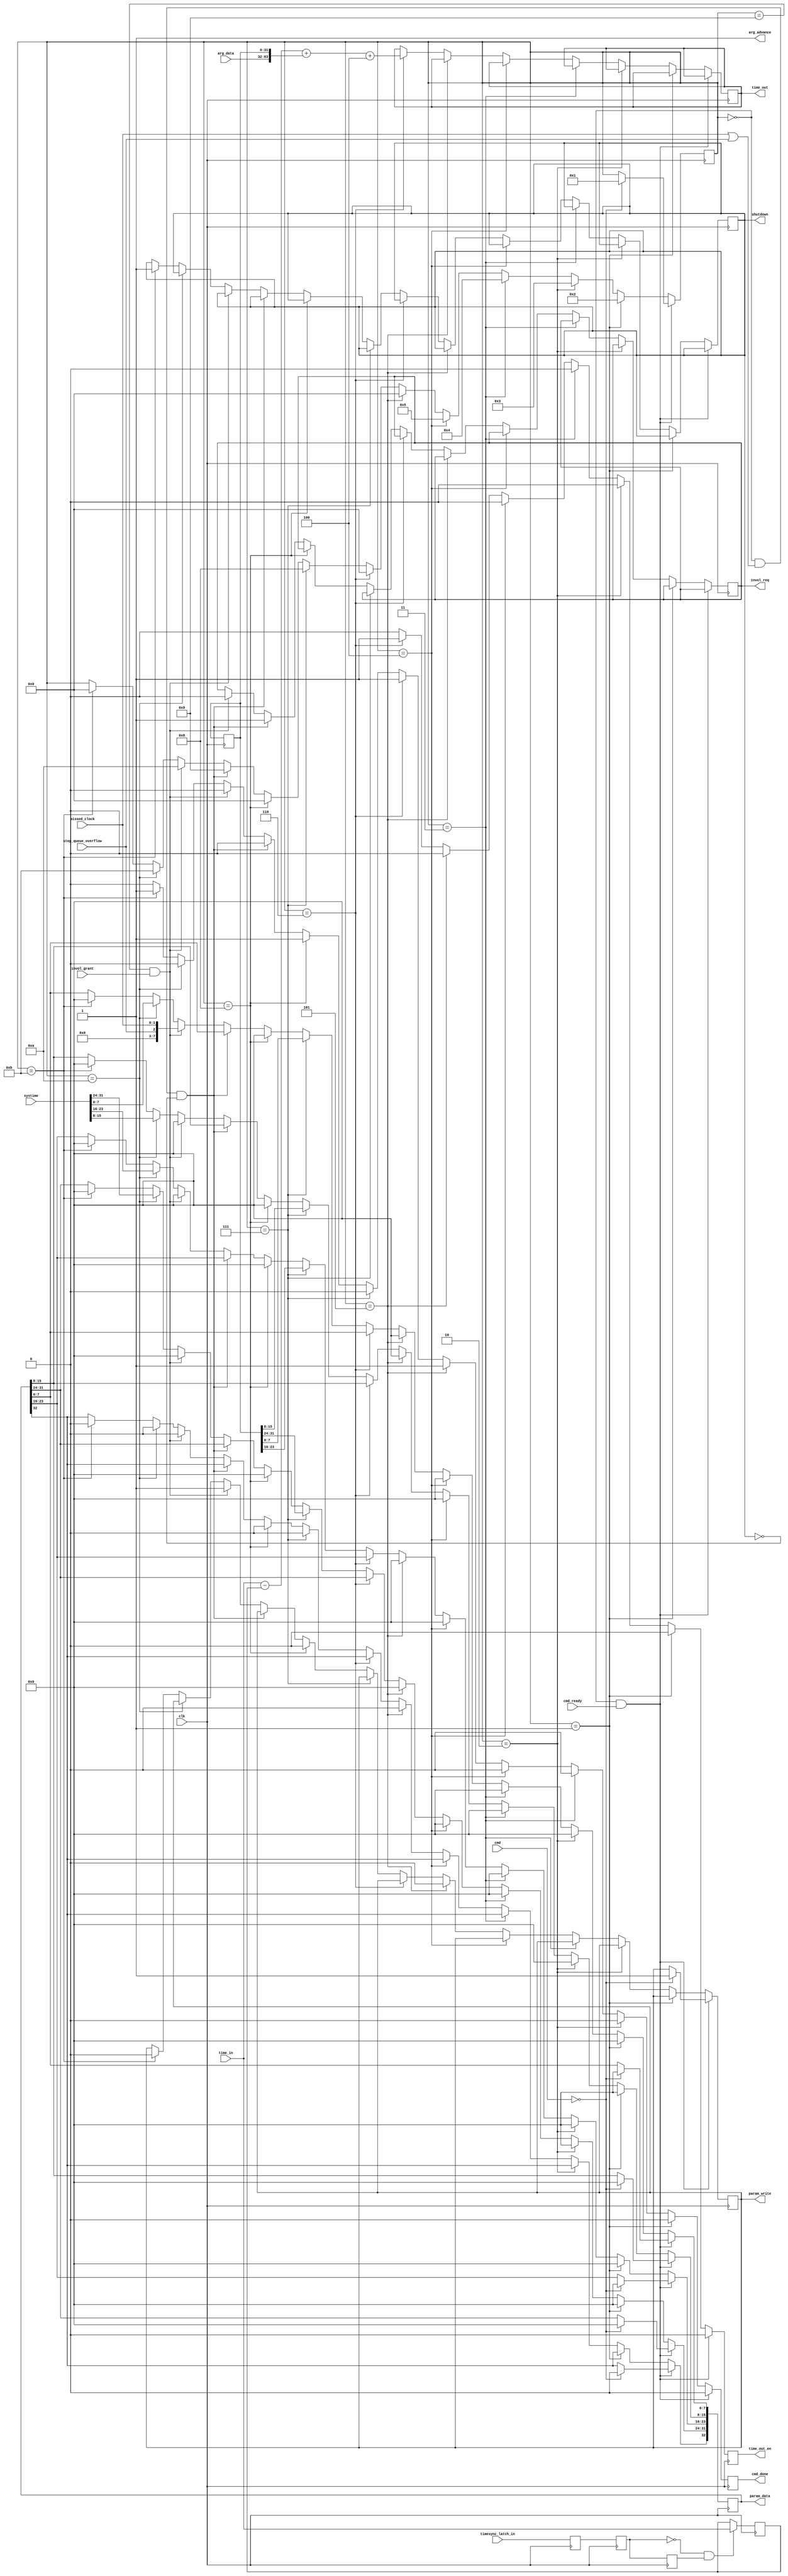
`timescale 1ns / 1ps
`default_nettype none

module system #(
	parameter CMD_BITS = 0,
	parameter CMD_GET_VERSION = 0,
	parameter RSP_GET_VERSION = 0,
	parameter CMD_SYNC_TIME = 0,
	parameter CMD_GET_TIME = 0,
	parameter RSP_GET_TIME = 0,
	parameter CMD_SHUTDOWN = 0,
	parameter RSP_SHUTDOWN = 0,
	parameter VERSION = 0,
	parameter MOVE_COUNT = 0,
	parameter NGPIO = 0,
	parameter NPWM = 0,
	parameter NSTEPDIR = 0,
	parameter NENDSTOP = 0,
	parameter NUART = 0,
	parameter NDRO = 0,
	parameter NAS5311 = 0,
	parameter NSD = 0,
	parameter NETHER = 0,
	parameter NBISS = 0,
	parameter NABZ = 0,
	parameter MISSED_BITS = 0
) (
	input wire clk,
	input wire [31:0] systime,

	input wire [31:0] arg_data,
	output wire arg_advance,
	input wire [CMD_BITS-1:0] cmd,
	input wire cmd_ready,
	output reg cmd_done = 0,

	output reg [32:0] param_data = 0,
	output reg param_write = 0,

	output reg invol_req = 0,
	input wire invol_grant,

	input wire [63:0] time_in,
	output reg [63:0] time_out,
	output reg time_out_en,
	input wire timesync_latch_in,

	output reg shutdown = 0,
	input wire [MISSED_BITS-1:0] missed_clock,
	input wire [$clog2(NSTEPDIR):0] step_queue_overflow
);

reg timesync_latch = 0;
reg timesync_latch1 = 0;
/* sync timesync_latch into our clock domain */
always @(posedge clk) begin
	timesync_latch <= timesync_latch1;
	timesync_latch1 <= timesync_latch_in;
end
localparam PS_IDLE = 0;
localparam PS_GET_VERSION_1 = 1;
localparam PS_GET_VERSION_2 = 2;
localparam PS_GET_VERSION_3 = 3;
localparam PS_GET_VERSION_4 = 4;
localparam PS_GET_VERSION_5 = 5;
localparam PS_SYNC_TIME_1 = 6;
localparam PS_GET_TIME_1  = 7;
localparam PS_GET_TIME_2  = 8;
localparam PS_WAIT_GRANT  = 9;
localparam PS_SEND_SHUTDOWN_1  = 10;
localparam PS_SEND_SHUTDOWN_2  = 11;
localparam PS_MAX = 11;
localparam PS_BITS = $clog2(PS_MAX + 1);

reg [63:0] latched_time = 0;
reg latched = 0;
reg prev_latch = 0;
reg prev_pulse = 0;
reg [31:0] temp_data = 0;
reg [3:0] state = PS_IDLE;
/* just keep asserted, we'll read one arg per clock */
assign arg_advance = 1;
always @(posedge clk) begin
	if (cmd_done)
		cmd_done <= 0;
	if (time_out_en)
		time_out_en <= 0;
	if (state == PS_IDLE && cmd_ready) begin
		if (cmd == CMD_GET_VERSION) begin
			param_data <= VERSION;
			param_write <= 1;
			state <= PS_GET_VERSION_1;
		end else if (cmd == CMD_SYNC_TIME) begin
			state <= PS_SYNC_TIME_1;
			temp_data <= arg_data;
		end else if (cmd == CMD_GET_TIME) begin
			temp_data <= time_in[63:32];
			param_data <= time_in[31:0];
			param_write <= 1;
			state <= PS_GET_TIME_1;
		end else if (cmd == CMD_SHUTDOWN) begin
			shutdown <= 1;
			cmd_done <= 1;
			state <= PS_IDLE;
		end
	end else if (state == PS_GET_VERSION_1) begin
		param_data[31:24] <= NGPIO;
		param_data[23:16] <= NPWM;
		param_data[15:8] <= NSTEPDIR;
		param_data[7:0] <= NENDSTOP;
		state <= PS_GET_VERSION_2;
	end else if (state == PS_GET_VERSION_2) begin
		param_data[31:24] <= NUART;
		param_data[23:16] <= NSD;
		param_data[15:8] <= NETHER;
		param_data[7:0] <= NAS5311;
		state <= PS_GET_VERSION_3;
	end else if (state == PS_GET_VERSION_3) begin
		param_data[31:24] <= NDRO;
		param_data[23:16] <= NBISS;
		param_data[15:8] <= NABZ;
		param_data[7:0] <= 0;
		state <= PS_GET_VERSION_4;
	end else if (state == PS_GET_VERSION_4) begin
		param_data[31:16] <= 0;
		param_data[15:0] <= MOVE_COUNT;
		state <= PS_GET_VERSION_5;
	end else if (state == PS_GET_VERSION_5) begin
		cmd_done <= 1;
		param_write <= 0;
		param_data <= RSP_GET_VERSION;
		state <= PS_IDLE;
	end else if (state == PS_SYNC_TIME_1) begin
		/*
		 * +4, because we need 2 cycles to sync the pulse into our
		 * domain, one to latch the clock  and one, because system
		 * time will only get set on the next clk
		 */
		time_out <= time_in - latched_time + { arg_data, temp_data } + 4;
		time_out_en <= 1;
		latched <= 0;
		state <= PS_IDLE;
		cmd_done <= 1;
	end else if (state == PS_GET_TIME_1) begin
		param_data <= temp_data;
		state <= PS_GET_TIME_2;
	end else if (state == PS_GET_TIME_2) begin
		cmd_done <= 1;
		param_write <= 0;
		param_data <= RSP_GET_TIME;
		state <= PS_IDLE;
	end else if (state == PS_IDLE && (missed_clock | step_queue_overflow) && !shutdown) begin
		invol_req <= 1;
		state <= PS_WAIT_GRANT;
	end else if (state == PS_WAIT_GRANT && invol_grant) begin
		invol_req <= 0;
		param_data <= { step_queue_overflow, missed_clock };	/* shutdown reason */
		param_write <= 1;
		state <= PS_SEND_SHUTDOWN_1;
	end else if (state == PS_SEND_SHUTDOWN_1) begin
		param_data <= systime;
		state <= PS_SEND_SHUTDOWN_2;
	end else if (state == PS_SEND_SHUTDOWN_2) begin
		cmd_done <= 1;
		param_write <= 0;
		param_data <= RSP_SHUTDOWN;
		state <= PS_IDLE;
		shutdown <= 1;
	end

	// latch time on falling edge of timesync_latch
	if (timesync_latch == 0 && prev_latch == 1) begin
		latched_time <= time_in;
	end
	prev_latch <= timesync_latch;
end

endmodule